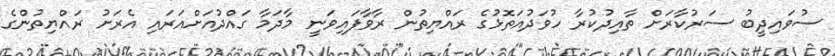
ސުވައިދީބު ސަރުކާރަށް ތާއިދުކުރާ ހުވަދުއަތޮޅުގެ ރައްޔިތުން ރާވާފައިވަނީ މާދަމާ ގައްދުއަށްއަރައި އެރަށު ރައްޔިތުންގެ